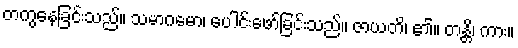
တကွနေခြင်းသည်။ သမာဂမော၊ ပေါင်းဖော်ခြင်းသည်။ ဇာယတိ၊ ၏။ တန္တိ၊ ကား။